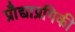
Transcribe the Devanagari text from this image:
प्रौद्याप्रगिकी